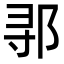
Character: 𬩽